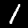
Digit: 1